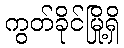
ကွတ်ခိုင်မြို့ရှိ